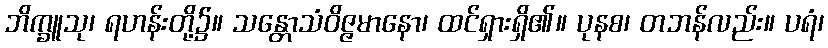
ဘိက္ခူသု၊ ရဟန်းတို့၌။ သန္တောသံဝိဇ္ဇမာနော၊ ထင်ရှားရှိ၏။ ပုနစ၊ တဘန်လည်း။ ပရံ၊